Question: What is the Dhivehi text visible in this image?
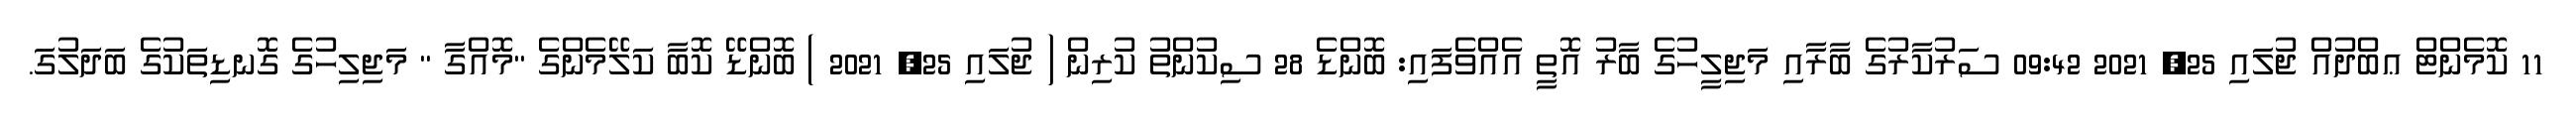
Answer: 11 ކޮމެންޓް ޢބްދުއް ޖުލައި 25, 2021 09:42 ސަރުކާރުގެ ބާރާއި މަޖިލީހުގެ ބާރު އޮތީ އެއްވެފައި: ބޮންޑެ 28 ސިކުންތު ކުރިން ( ޖުލައި 25, 2021 ) ބޮންޑޭ ކޮބާ ކަލޭމެންގެ "މޮއްގާ " މަޖިލިހުގެ ގޮނޑިތަކުގެ ބަދަލުގަ.